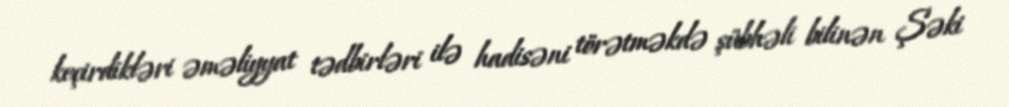
keçirdikləri əməliyyat tədbirləri ilə hadisəni törətməkdə şübhəli bilinən Şəki